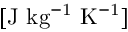
[ \mathrm { J ~ k g ^ { - 1 } ~ K ^ { - 1 } } ]